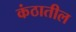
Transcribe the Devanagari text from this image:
कंठातील